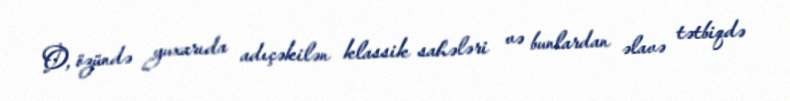
O, özündə yuxarıda adıçəkilən klassik sahələri və bunlardan əlavə tətbiqdə